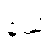
နယံ